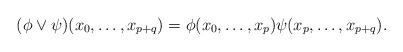
LaTeX: \begin{align*}(\phi\vee\psi)(x_0,\ldots,x_{p+q})=\phi(x_0,\ldots,x_p)\psi(x_p,\ldots,x_{p+q}).\end{align*}